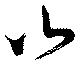
山